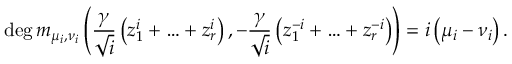
\deg m _ { \mu _ { i } , \nu _ { i } } \left( \frac { \gamma } { \sqrt { i } } \left( z _ { 1 } ^ { i } + \ldots + z _ { r } ^ { i } \right) , - \frac { \gamma } { \sqrt { i } } \left( z _ { 1 } ^ { - i } + \ldots + z _ { r } ^ { - i } \right) \right) = i \left( \mu _ { i } - \nu _ { i } \right) .